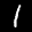
Label: 1